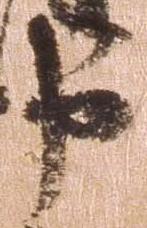
申